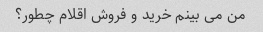
من می بینم خرید و فروش اقلام چطور؟